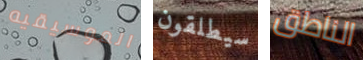
الموسيقيه سيطلقون الناطق